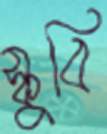
স্কুবি